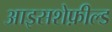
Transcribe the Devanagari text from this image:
आइसशेफ़ील्ड